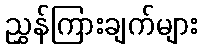
ညွှန်ကြားချက်များ